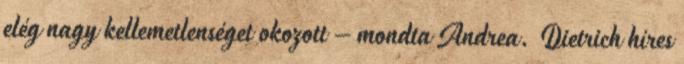
elég nagy kellemetlenséget okozott – mondta Andrea. Dietrich híres